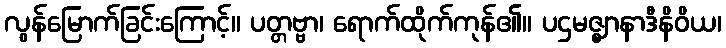
လွန်မြောက်ခြင်းကြောင့်။ ပတ္တဗ္ဗာ၊ ရောက်ထိုက်ကုန်၏။ ပဌမဇ္ဈာနာဒီနိဝိယ၊